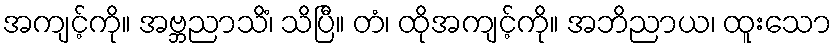
အကျင့်ကို။ အဗ္ဘညာသိံ၊ သိပြီ။ တံ၊ ထိုအကျင့်ကို။ အဘိညာယ၊ ထူးသော